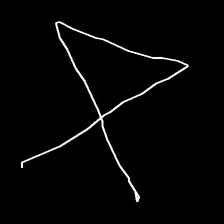
Glyph: collection